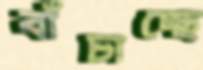
বাঁচাচ্ছে